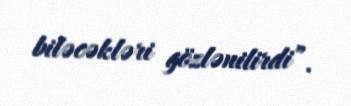
biləcəkləri gözlənilirdi”.